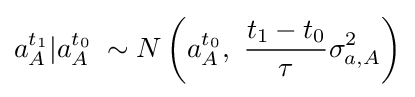
{a_{A}^{t_{1}}}|{a_{A}^{t_{0}}}\;\sim N\left(a_{A}^{t_{0}},\ {\frac {t_{1}-t_{0}}{\tau }}\sigma _{a,A}^{2}\right)